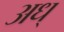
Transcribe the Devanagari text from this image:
अध्